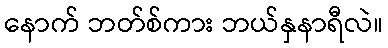
နောက် ဘတ်စ်ကား ဘယ်နှနာရီလဲ။